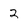
Character: 2